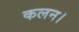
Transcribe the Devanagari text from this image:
कलन।